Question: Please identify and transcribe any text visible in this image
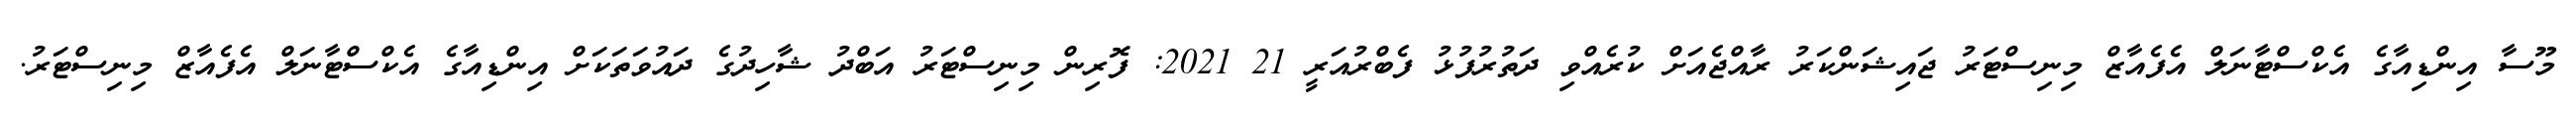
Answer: މޫސާ އިންޑިއާގެ އެކްސްޓާނަލް އެފެއާޒް މިނިސްޓަރު ޖައިޝަންކަރު ރާއްޖެއަށް ކުރެއްވި ދަތުރުފުޅު ފެބްރުއަރީ 21 2021: ފޮރިން މިނިސްޓަރު އަބްދު ޝާހިދުގެ ދައުވަތަކަށް އިންޑިއާގެ އެކްސްޓާނަލް އެފެއާޒް މިނިސްޓަރު.